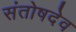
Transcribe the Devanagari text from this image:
संतोषदेव